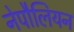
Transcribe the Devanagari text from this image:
नेपौलियन